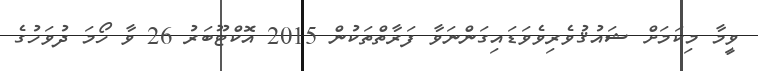
ވީމާ މިކަމަށް ޝައުޤުވެރިވެވަޑައިގަންނަވާ ފަރާތްތަކުން 2015 އޮކްޓޫބަރު 26 ވާ ހޯމަ ދުވަހުގެ